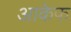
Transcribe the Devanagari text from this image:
आकेफ